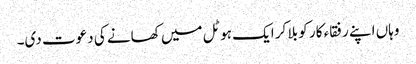
وہاں اپنے رفقاء کار کو بلا کر ایک ہوٹل میں کھانے کی دعوت دی۔